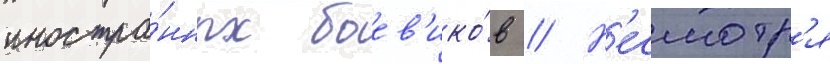
иностра́нных боев'ико́в // Н'есмотр'я